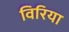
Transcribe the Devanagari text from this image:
विरिया